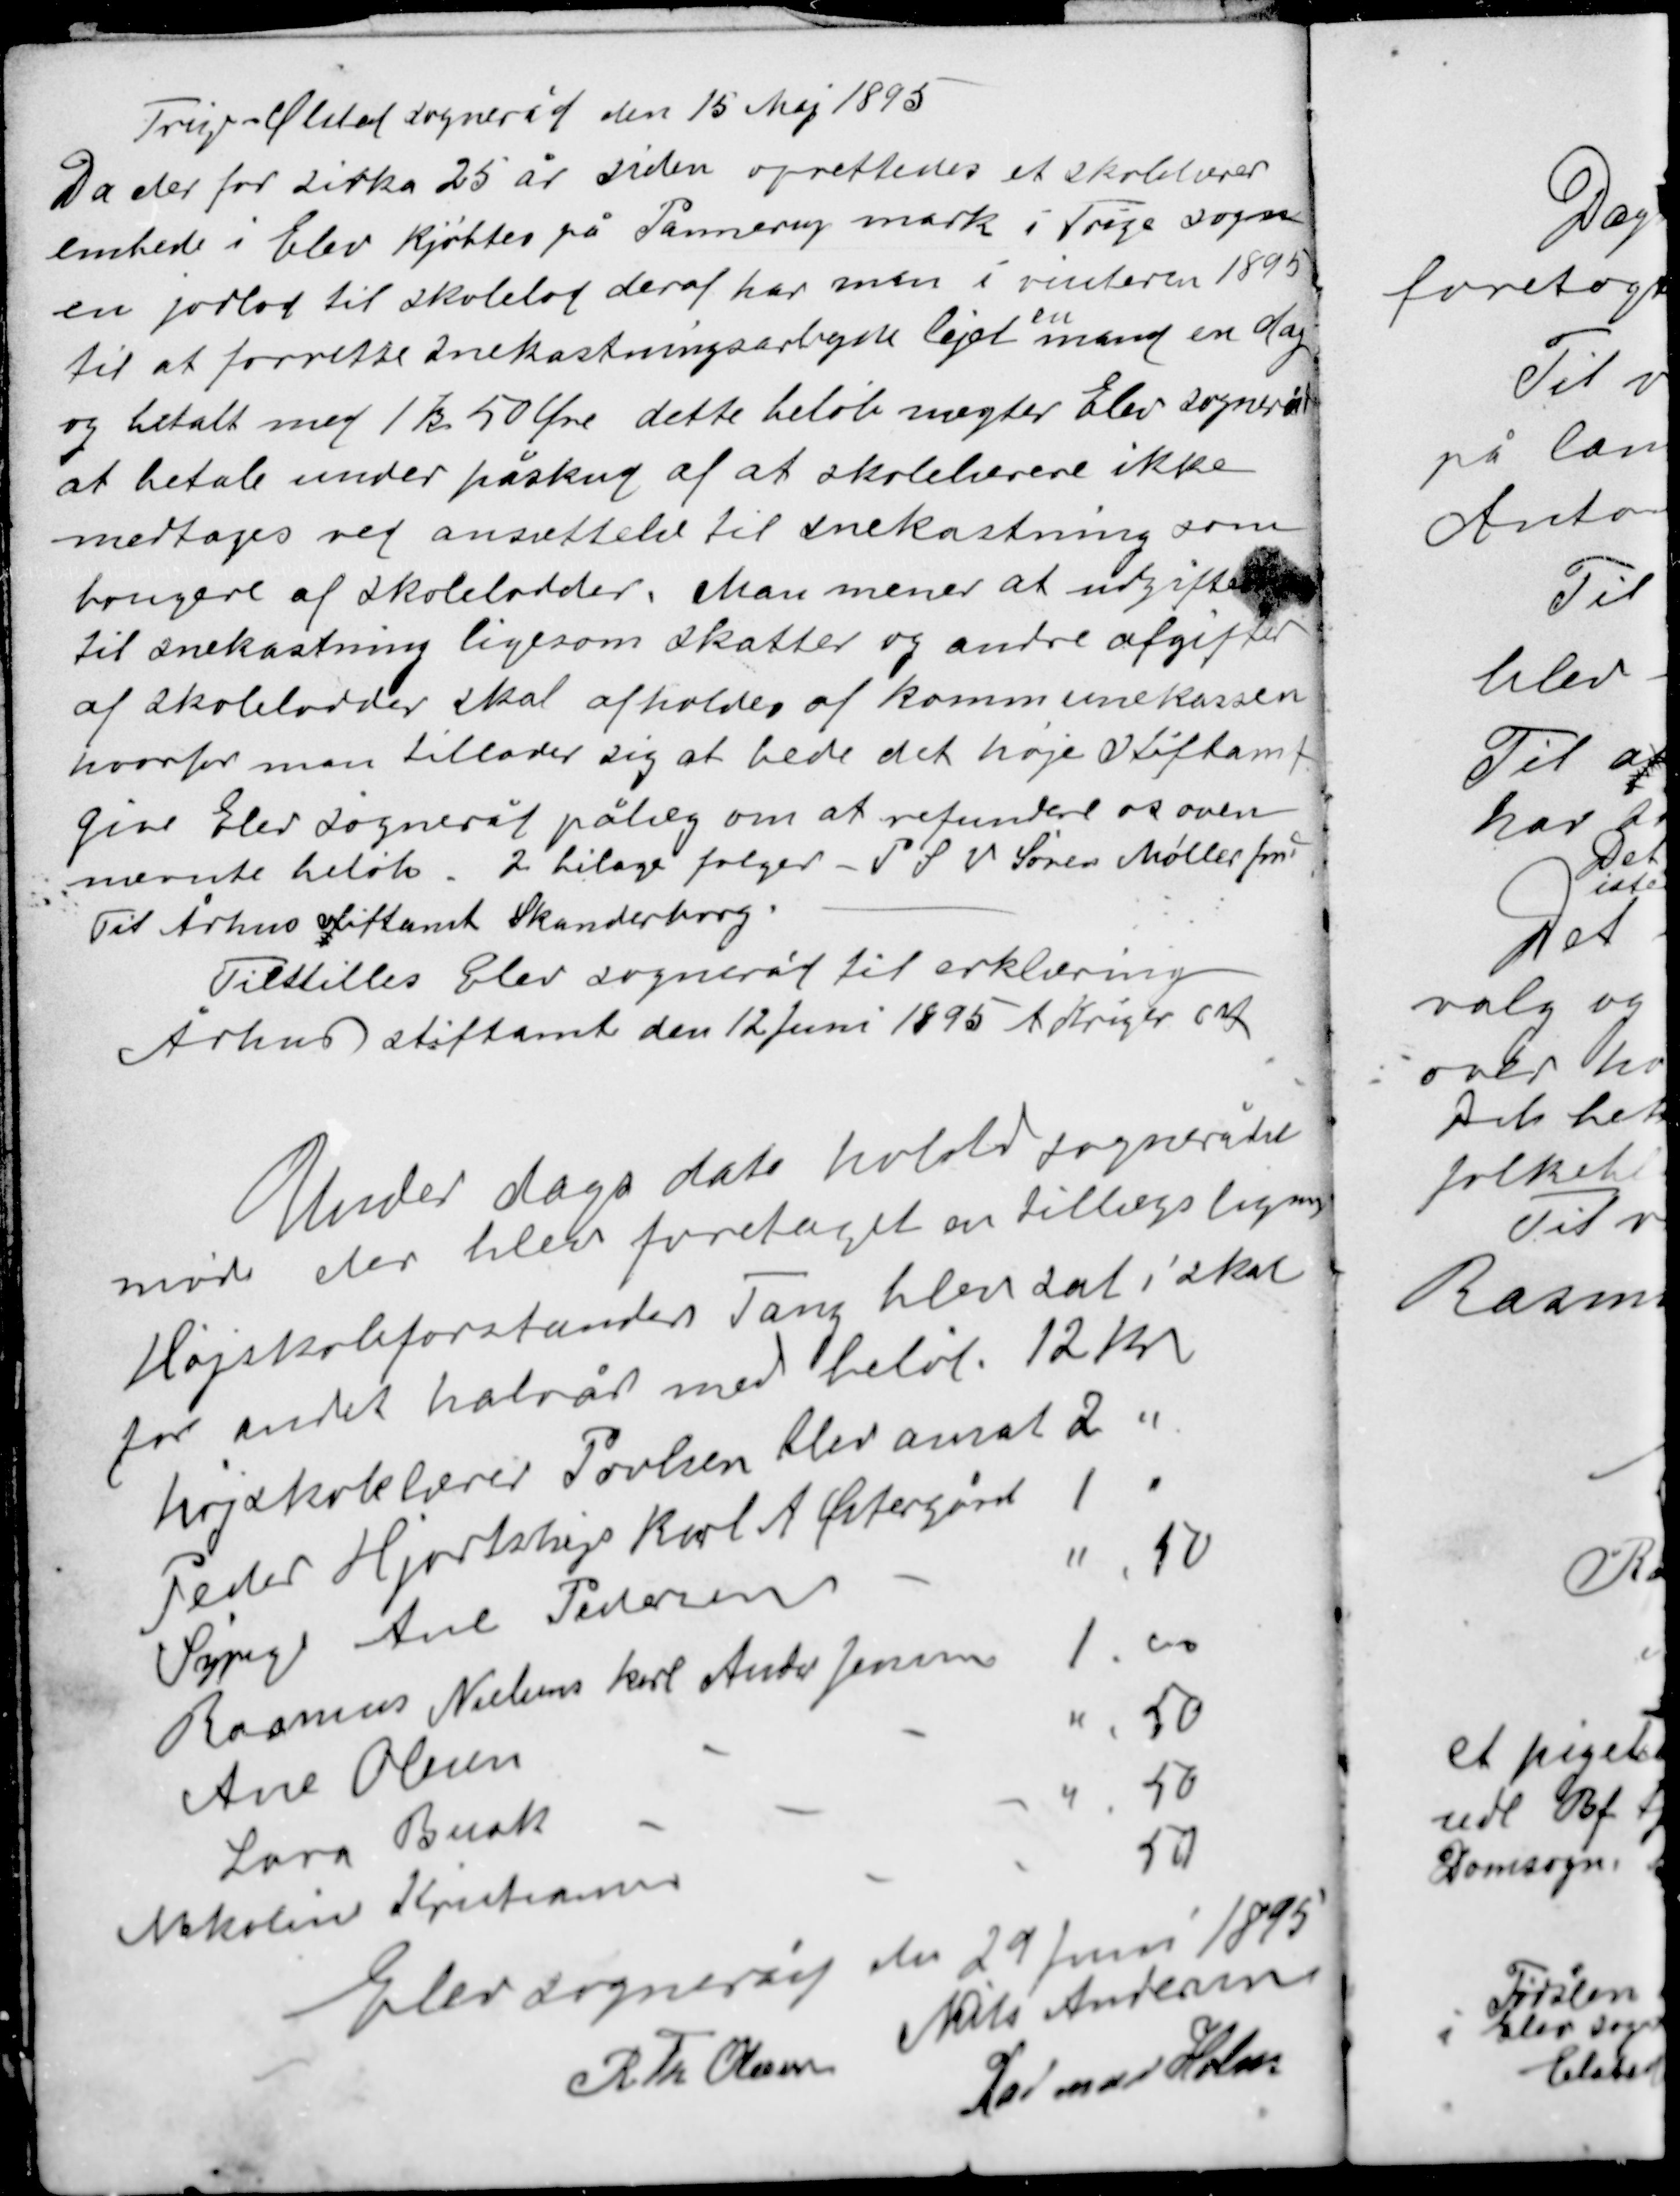
Transskription:
Trige-Ølsted sogneråd den 15 Maj 1895
Da der for zirka 25 år siden oprettedes et skolelærer-
embede i Elev kjøbtes på Pannerup mark i Trige sogn
en jorlod til skolelod deraf har man i vinteren 1895
en
til at forrette snekastningsarbejde lejet mand en dag
og betalt med 1 Kr 50 Øre dette beløb nægter Elev sogneråd
at betale under påskud af at skolelærere ikke
medtages ved ansættelse til snekastning som

brugere af skolelodder. Man mener at udgifter
til snekastning ligesom skatter og andre afgifter
af skolelodder skal afholdes af kommunekassen
hvorfor man tillader sig at bede det høje Stiftamt
give Elev sogneråd pålæg om at refundere os oven-
nævnte beløb. 2 bilage følger P S V Søren Møller fmd
Til Århus Stiftamt Skanderborg.

Tilstilles Elev sogneråd til erklæring
Århus stiftamt den 12 Juni 1895 A Kriger

Under dags dato holdet sognerådet
møde der blev foretaget en tillægsligning
Højskoleforstander Tang blev sat i skat
for andet halvår med beløb 12 kr
højskolelærer Povlsen blev ansat 2 "
Peder Hjortshøjs karl A Østergård 1 "
Sypige Ane Pedersen ",50
Rasmus Nielsens karl Andi Jensen 1,00
Ane Olesen ",50
Lara Busk ",50
Nikoline Kristensen 50

Elev sogneråd den 29 Juni 1895
R Th Olesen Niels Andersen
Rasmus Holm